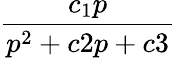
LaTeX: \frac{c_{1}p}{p^{2}+c2p+c3}